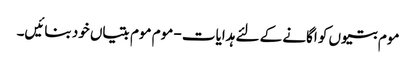
موم بتیوں کو اگانے کے لئے ہدایات - موم موم بتیاں خود بنائیں۔